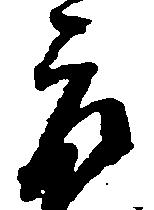
郎